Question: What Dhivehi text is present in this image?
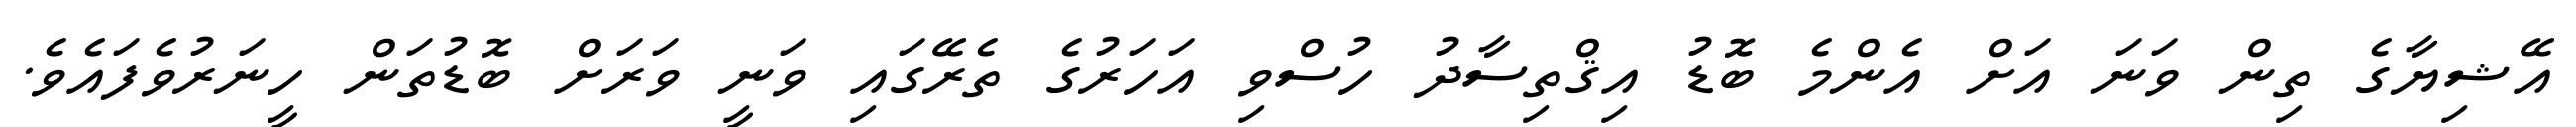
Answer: އޭޝިޔާގެ ތިން ވަނަ އަށް އެންމެ ބޮޑު އިޤްތިސާދު ހުސްވި އަހަރުގެ ތެރޭގައި ވަނީ ވަރަށް ބޮޑުތަން ހީނަރުވެފައެވެ.